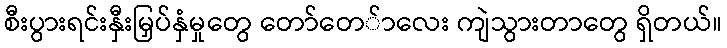
စီးပွားရင်းနှီးမြှပ်နှံမှုတွေ တော်တေ်ာလေး ကျဲသွားတာတွေ ရှိတယ်။